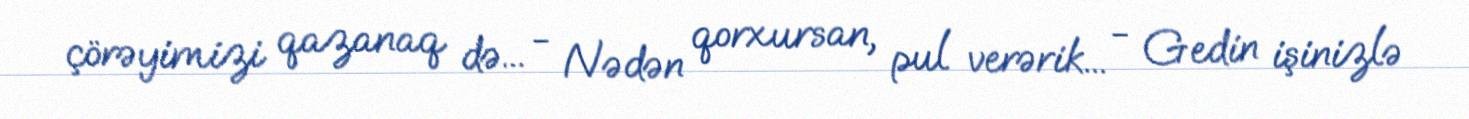
çörəyimizi qazanaq də... - Nədən qorxursan, pul verərik... - Gedin işinizlə